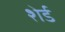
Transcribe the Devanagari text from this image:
शेर्ड